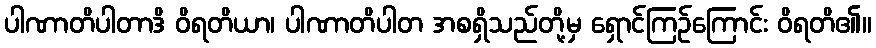
ပါဏာတိပါတာဒိ ဝိရတိယာ၊ ပါဏာတိပါတ အစရှိသည်တို့မှ ရှောင်ကြဉ်ကြောင်း ဝိရတိ၏။